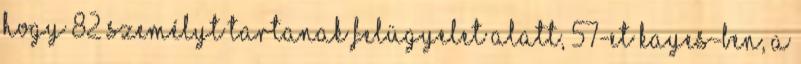
hogy 82 személyt tartanak felügyelet alatt, 57-et Kayes-ben, a